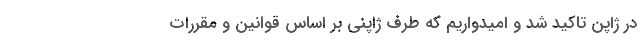
در ژاپن تاکید شد و امیدواریم که طرف ژاپنی بر اساس قوانین و مقررات